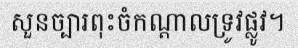
សួនច្បារពុះចំកណ្តាលទ្រូវផ្លូវ។